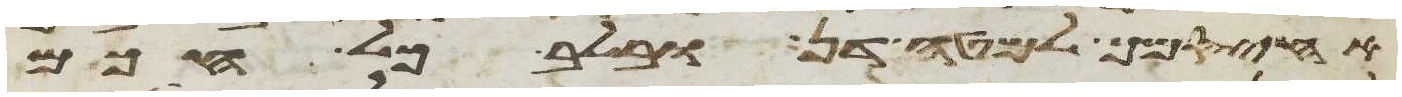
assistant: אחיסמך למטה דן ובלב כל חכם